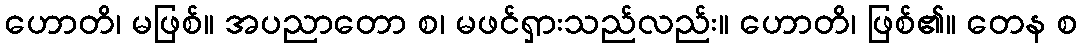
ဟောတိ၊ မဖြစ်။ အပညာတော စ၊ မဖင်ရှားသည်လည်း။ ဟောတိ၊ ဖြစ်၏။ တေန စ